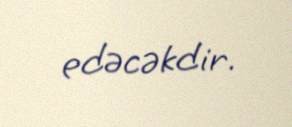
edəcəkdir.